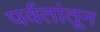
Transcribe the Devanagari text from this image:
पर्वतांतून